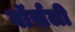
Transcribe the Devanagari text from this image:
वॉर्सली